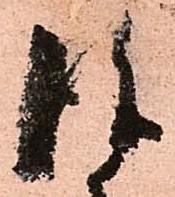
彼